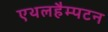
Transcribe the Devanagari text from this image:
एथलहैम्पटन